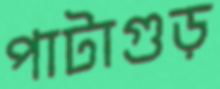
পাটাগুড়